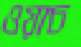
ওয়াচ